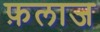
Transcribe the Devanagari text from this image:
फ़लाज